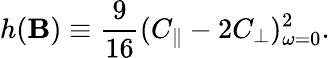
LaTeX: h(\mathbf{B})\equiv\frac{{9}}{{16}}(C_{\| }-2C_{\bot})_{\omega=0}^{2}.